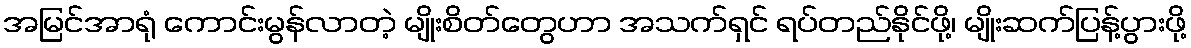
အမြင်အာရုံ ကောင်းမွန်လာတဲ့ မျိုးစိတ်တွေဟာ အသက်ရှင် ရပ်တည်နိုင်ဖို့၊ မျိုးဆက်ပြန့်ပွားဖို့